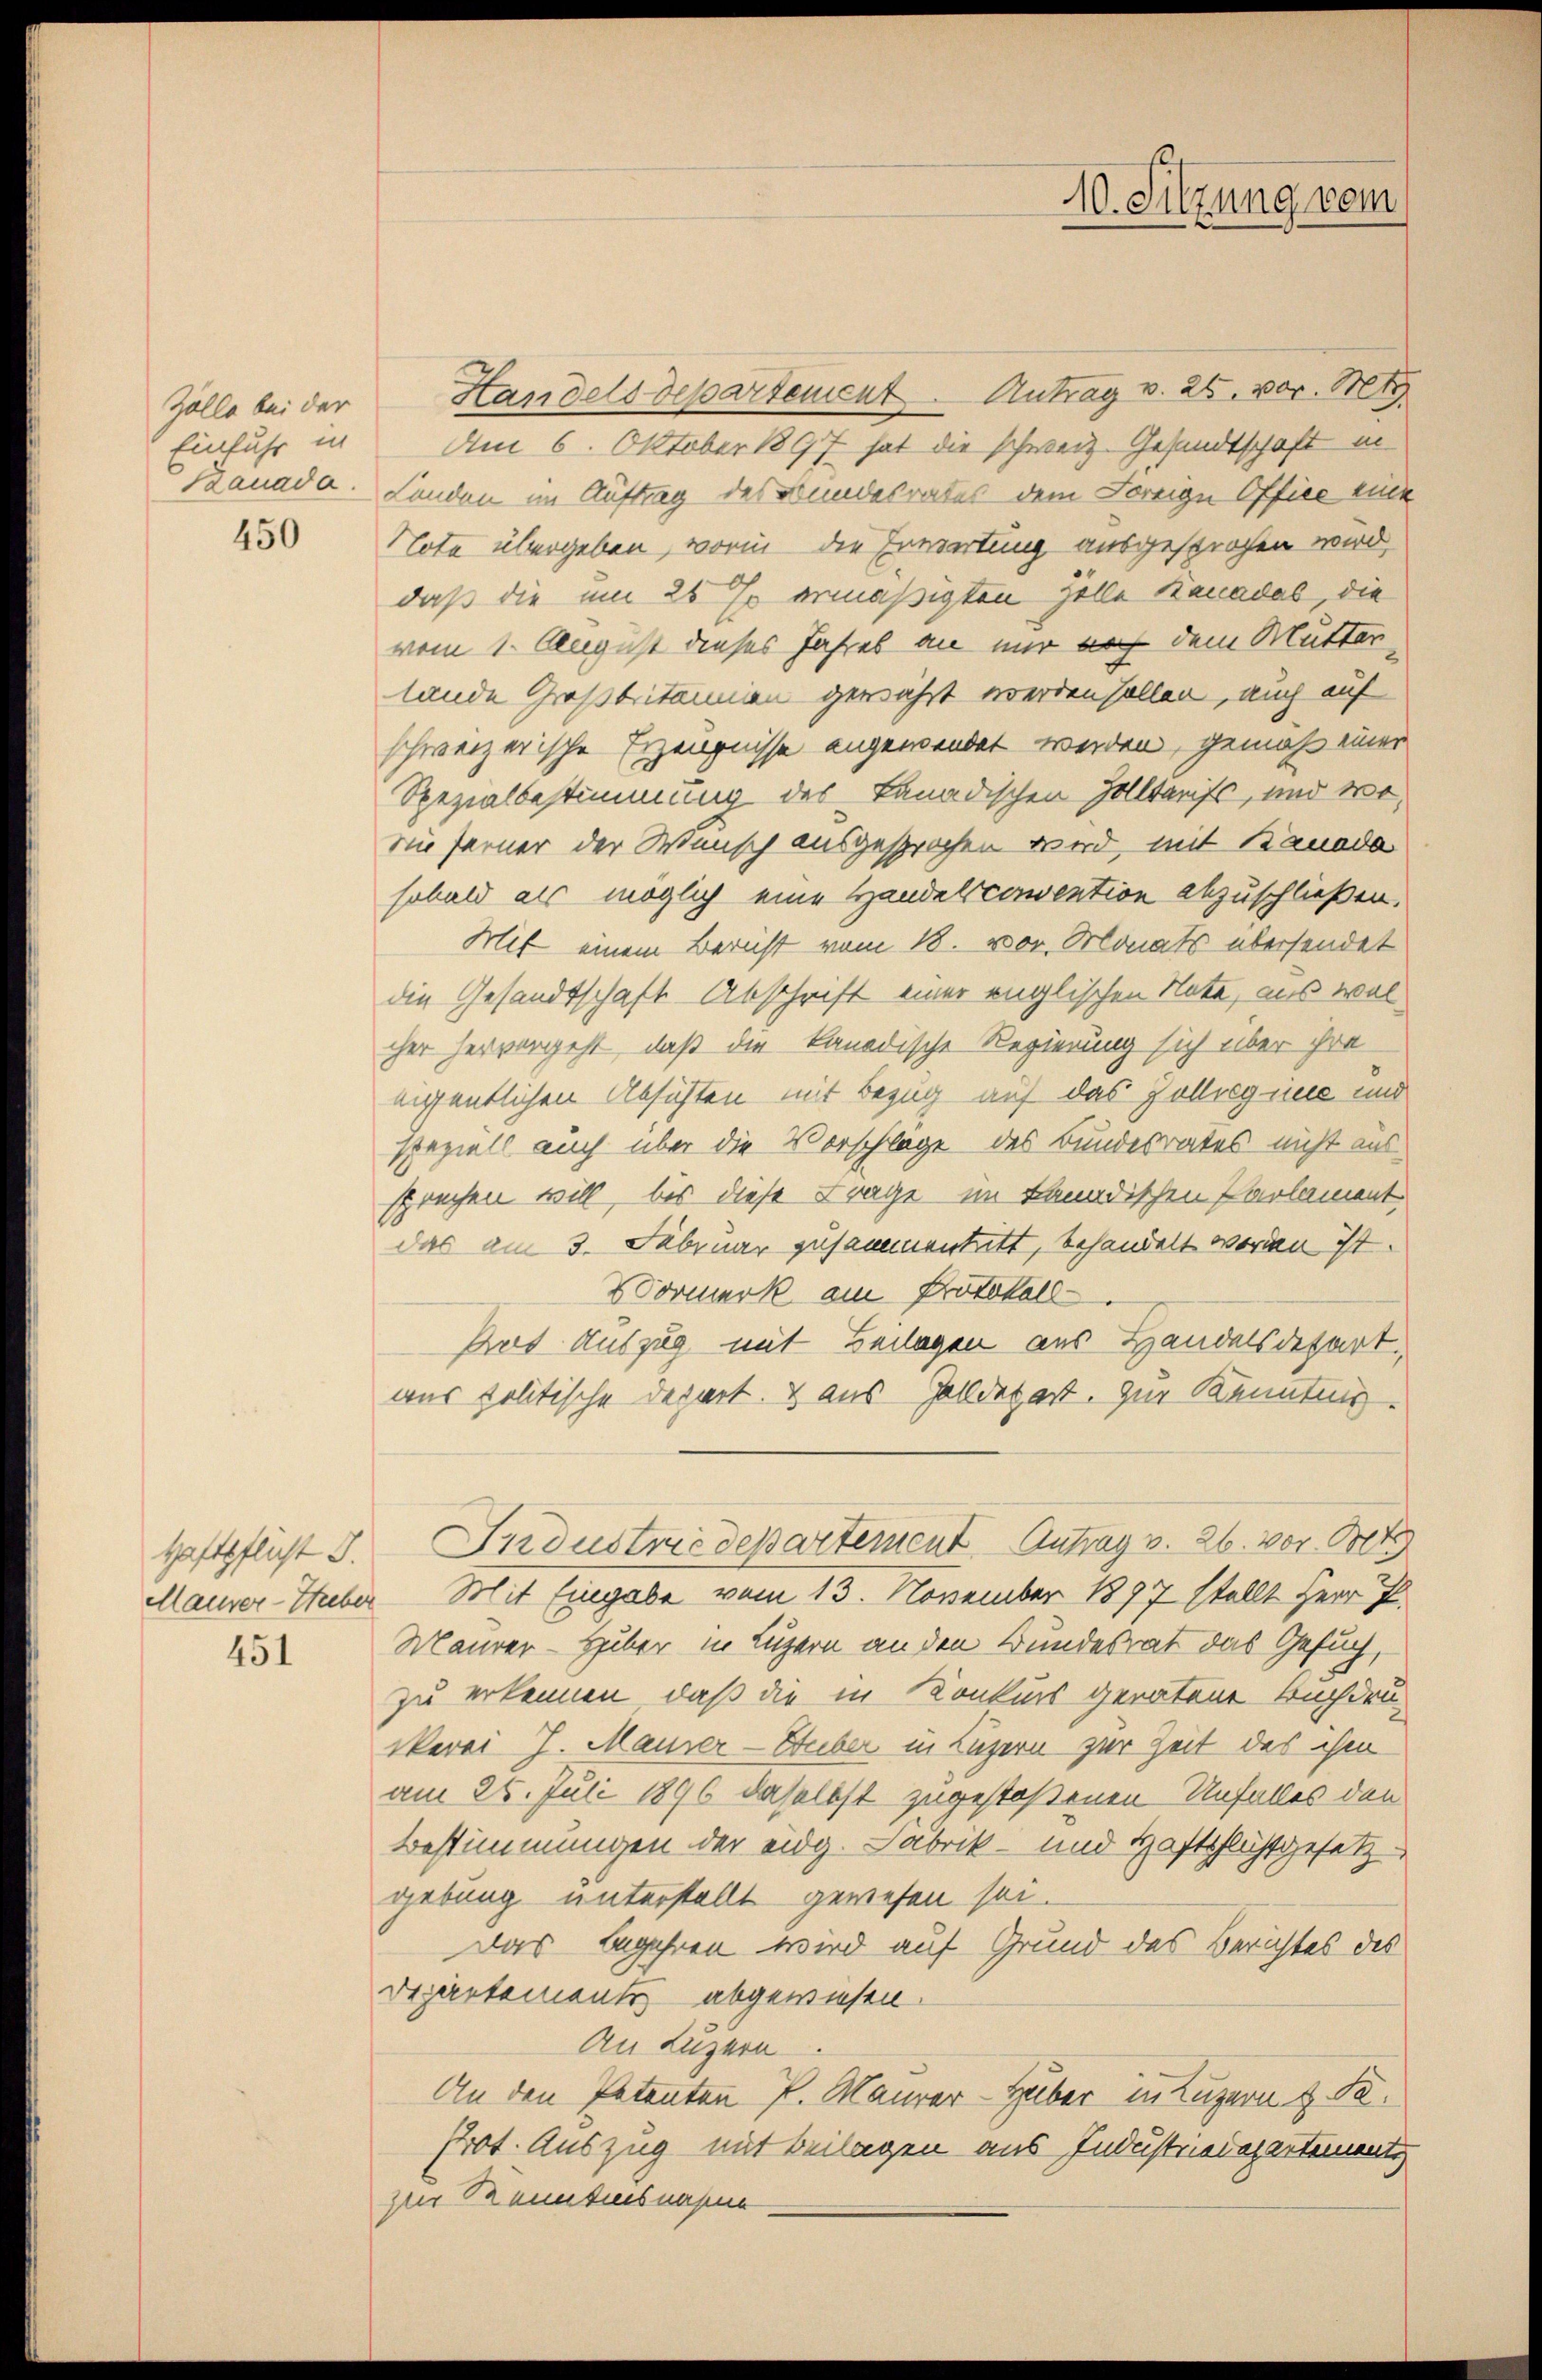
Zolle bei der
Einfuhr in
Banada.

450

Haftpflicht S.
Maurer-Hieber
451

Handels Departement Antrag v. 25. vor. Mt
Am 6. Oktober 1897 hat die schweiz. Gesandtschaft in
Landen im Auftrag des Bundesrates dem Foreige Office eine
Nota übergeben, worin die Erwartung ausgesprochen wird,
daß die um 20 % ermäßigten Zolle Kanadas, die
vom 1. August dieses Jahres an mir noch dem Mutter
lande Großbritannien gewährt werden sollen, auch auf
schweizerische Erzeugnisse angewendet werden, gemäß einer
Spezialbestimmung des kanadischen Zolltarifs, und wo
Di ferner der Wunsch ausgesprochen wird, mit Banada
sobald als möglich eine Handelsconvention abzuschließen.
Mit einem Bericht vom 18. vor. Monats übersendet
die Gesandtschaft Abschrift einer englischen Note, aus wal
cher hervorgeht, daß die kanadische Regierung sich über ihre
eigentlichen Absichten mit Bezug auf das Zollregnie und
speziell auch über die Vorschlage des Bundesrates nicht aus
sprechen will, bis diese Frage im Kanadischen Parlament
das am 3. Februar zusammentritt, behandelt worden ist.
Vormerk am Protokoll
Aut Auszug mit Beilagen aus Handelsdepart.
aus politische Depart. V aus Zolldepart. Zur Kenntnis
Industriedepartement Antrag v. 26. vor. Bet
Mit Eingabe vom 13. November 1897 stellt Herr P.
Maurer Huber in Luzern an den Bundesrat das Gesuch,
zu erkennen, daß die in Konkurs geratene Buchdruikerei J. Maurer-Huber in Luzern zur Zeit des ihm
am 25. Juli 1896 daselbst zugestoßenen Unfalles den
Bestimmungen der eidg. Fabrik- und Haftpflichsgesetzgebung unterstellt gewesen sei.
Das Begehren wird auf Grund des Berichtes des
Departemente abgewiesen.
An Luzern
An den Petenten P. Maurer-Haber in Luzern z. B.
Prot. Auszug mit Beilagen aus Industriedepartemente
zur Kenntnisnahme

10. Sitzung vom